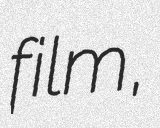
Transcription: film,